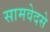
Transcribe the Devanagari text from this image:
सामवेदसे